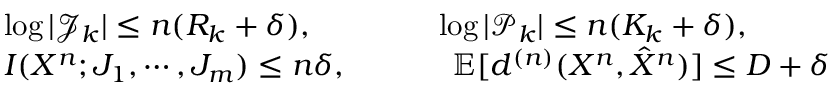
\begin{array} { r l } & { \log | \mathcal { J } _ { k } | \leq n ( R _ { k } + \delta ) , ~ ~ ~ ~ ~ ~ ~ ~ ~ ~ ~ ~ \log | \mathcal { P } _ { k } | \leq n ( K _ { k } + \delta ) , } \\ & { I ( X ^ { n } ; J _ { 1 } , \cdots , J _ { m } ) \leq n \delta , ~ ~ ~ ~ ~ ~ ~ ~ ~ ~ \textstyle \mathbb { E } [ { d ^ { ( n ) } } ( X ^ { n } , \hat { X } ^ { n } ) ] \leq D + \delta } \end{array}